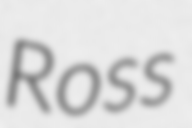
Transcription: Ross